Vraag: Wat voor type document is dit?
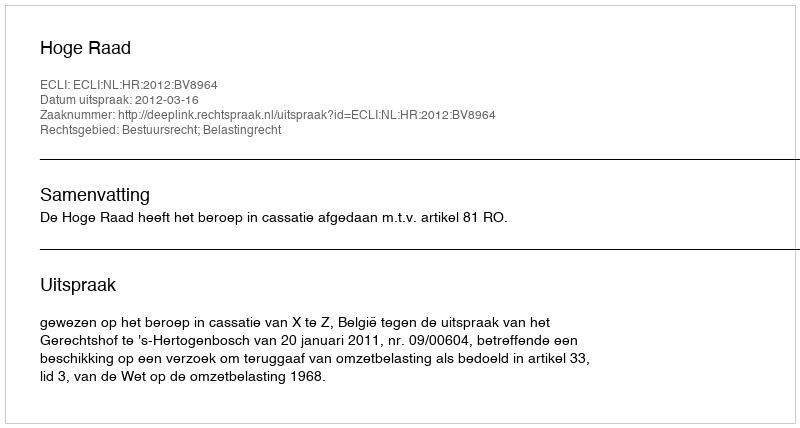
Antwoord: Uitspraak